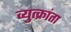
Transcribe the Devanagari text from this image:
व्युत्क्रांता